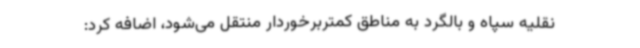
نقلیه سپاه و بالگرد به مناطق کمتربرخوردار منتقل می‌شود، اضافه کرد: